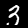
Digit: 3